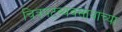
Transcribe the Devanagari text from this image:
चित्रपटव्यवसायाच्या